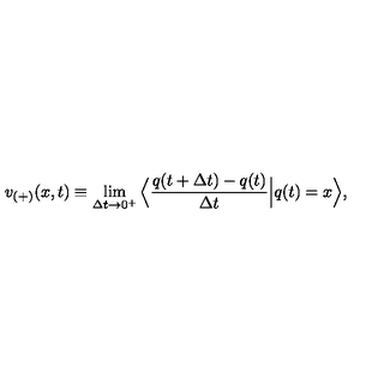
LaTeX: v _ { ( + ) } ( x , t ) \equiv \lim _ { \Delta t \rightarrow 0 ^ { + } } \Big \langle \frac { q ( t + \Delta t ) - q ( t ) } { \Delta t } \Big | q ( t ) = x \Big \rangle ,